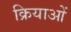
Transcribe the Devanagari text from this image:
क्रियाआें